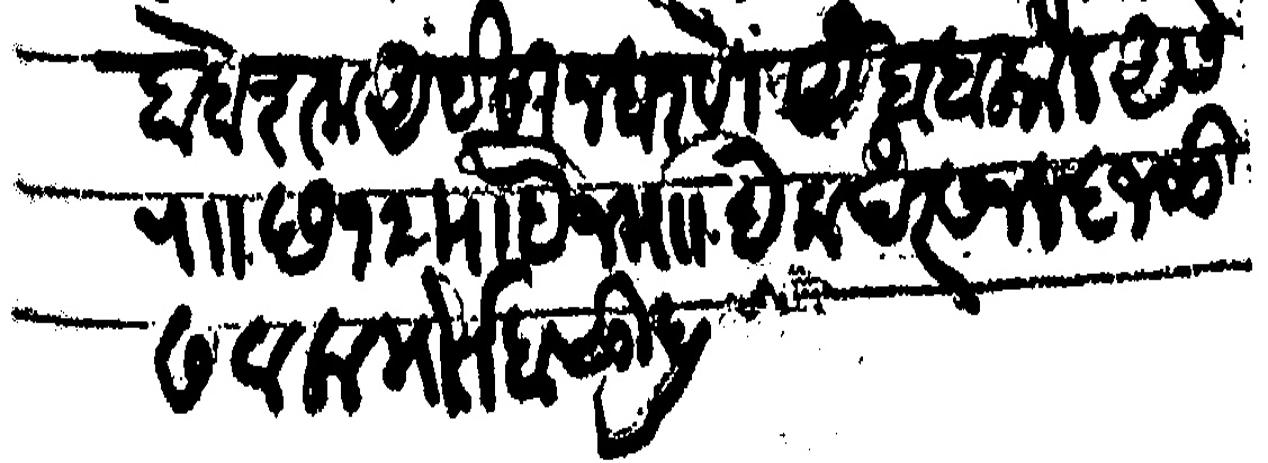
Transliteration (Devanagari): बाबे शक अंदेसा न धरणे ये बाब कौल असे राा छ१२ माहे जमा दिलाखर सन ४६ जुळीस वाला मोर्तब शुद